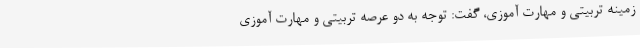
زمینه تربیتی و مهارت آموزی، گفت: توجه به دو عرصه تربیتی و مهارت آموزی